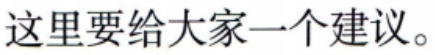
这里要给大家一个建议。